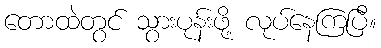
တောထဲတွင် သွားပုန်းဖို့ လုပ်နေကြပြီ။